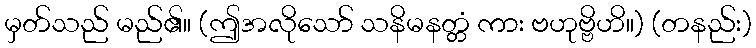
မှတ်သည် မည်၏။ (ဤအလိုသော် သနိမနတ္တံ ကား ဗဟုဗ္ဗိဟိ။) (တနည်း)